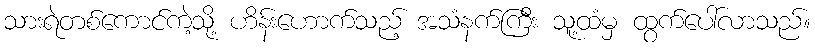
သားရဲတစ်ကောင်ကဲ့သို့ ဟိန်းဟောက်သည့် အသံနက်ကြီး သူ့ထံမှ ထွက်ပေါ်လာသည်။